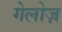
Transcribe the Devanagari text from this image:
गेलोज़